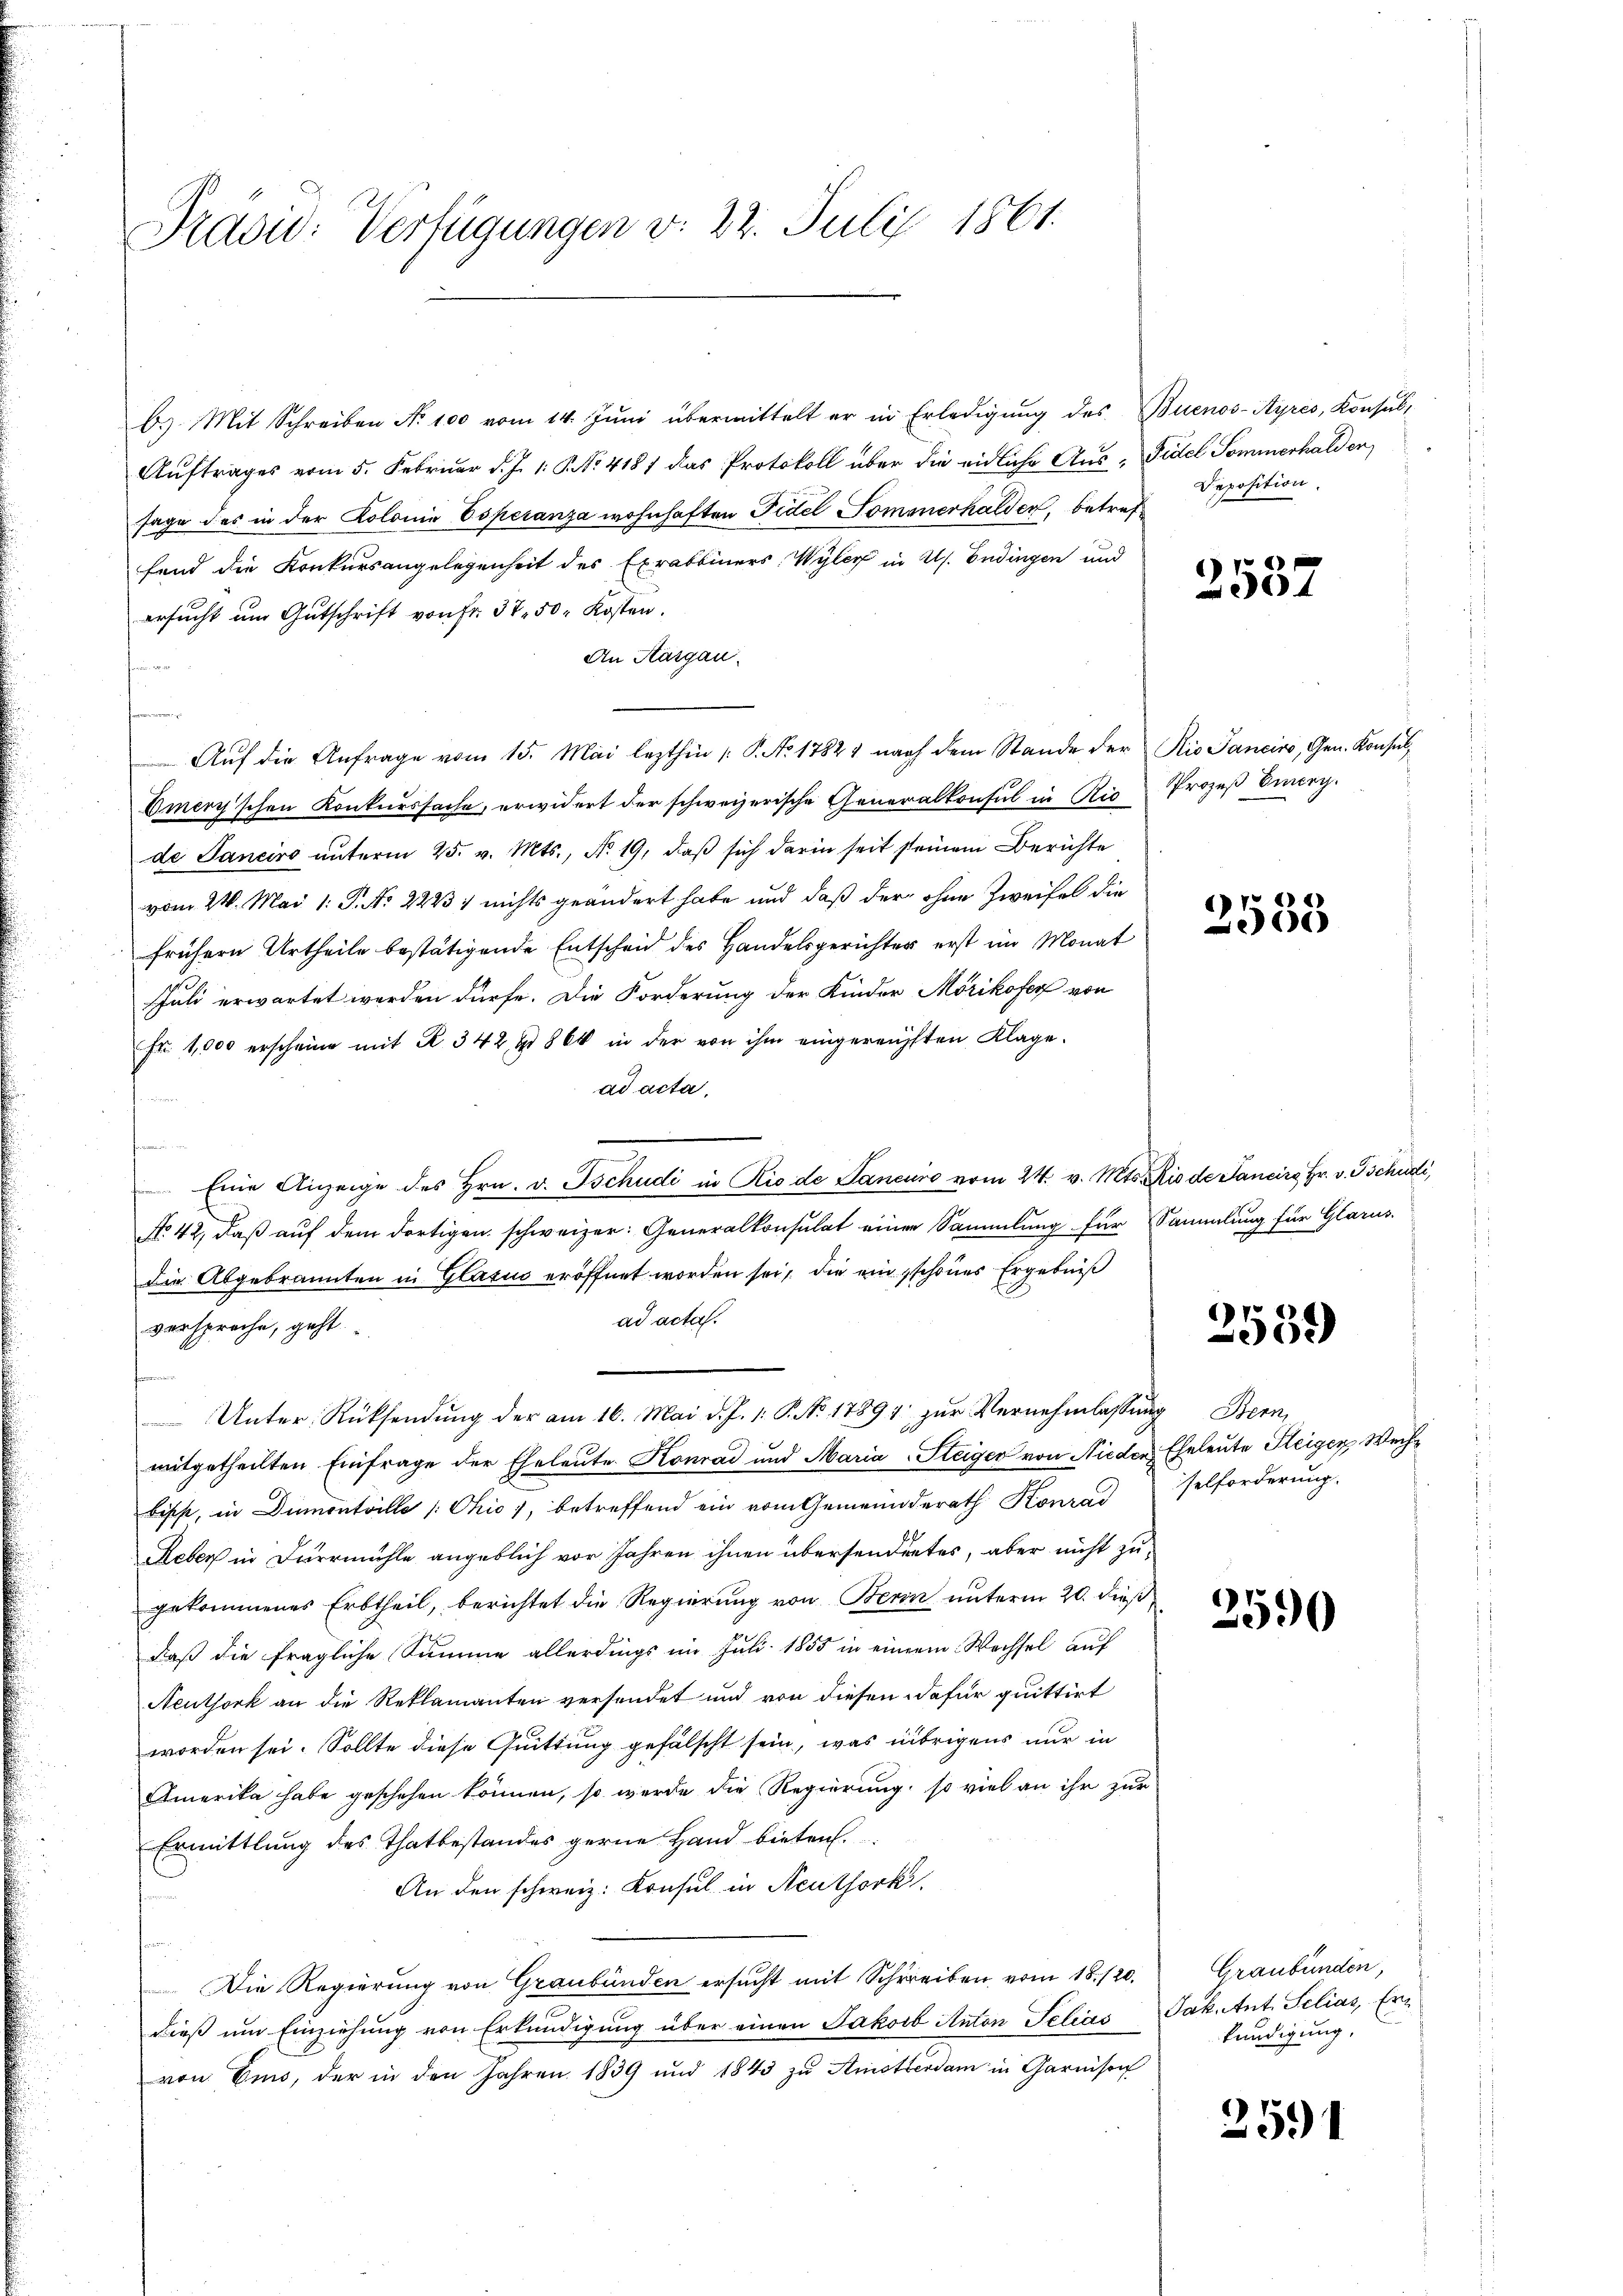
Präsid: Verfügungen v. 22. Juli 1861.

Auftrages vom 5. Februar d. J. 1. P. No. 4187 das Protokoll über die eidliche Aus- Fidel Sommerhalden,
sage des in der Kolonie Esperanza wohnhaften Fidel Tomanerhalden, betreffand die Konkursangelegenheit des Exrabbiners, Wyler in Uh. Endingen und
ersucht um Gutschrift von Fr. 37. 50. Kosten.
An Aargau.
i
Auf die Anfrage vom 15. Mai lezthin /: P. No. 17821 nach dem Stande der Rio Sanciro, Gen. Konsul¬
Emery'schen Konkurssache, erwidert der schweizerische Generalkonsul in Rio Prozeß Omerg.
de Janeiro unterm 25. v. Mts., Nr. 19, daβ sich darin seit seinem Berichte
vom 24. Mai 1. P. Nr. 2223) nichts geändert habe und daß der ohne Zweifel die
frühern Urtheile bestätigende Entscheid des Handelsgerichter erst im Monat
Juli erwartet werden dürfe. Die Forderung der Kinder Mörikofer von
Fr. 1,000 erscheine mit R. 342, 4 864 in der von ihm eingernüpften Klage.
ad acta,
t
 Eine Anzeige des Hrn. v. Tschudi in Rio de Sancuno vom 24. v. Mts. Rio de Sancirg Fr. v. Tschusti,
No 42, daß auf dem dortigen schweizer: Generalkonsulat einer Sammlung für Sammlung für Glarus.
Die Abgebrannten in Glatin eröffnet worden sei, die ein schönes Ergebniß
ad acta.
versprache, geht
fan
 Unter Rücksendŭng der am 16. Mai d. J. 1. P. No. 17891. zŭr Vernehmlassŭng Bern,
mitgetheilten Einfrage der Eheleute Konrad und Maria-Steiger von Nieder Eheleute Steiger Weihbisst, in Dumontville [Chio), betreffend ein vom Gemeinderath Konrad
Reber in Durrmühle angeblich vor Jahren ihnen übersendertes, aber nicht zu-
gekommenes Erbtheil, berichtet die Regierung von Berin unterm 20. dieß
daß die fragliche Summe allerdings im Juli 1855 in einer Wechsel auf
Neuthork an die Reklamanten versendet und von diesen dafür quittirt
worden sei. Sollte diese Quittung gefälscht sein, was übrigens nur in
Amerika habe geschehen können, so werde die Regierung, so viel an ihr zur
Ermittlung des Thatbestandes gerne Hand bieten.
An den schweiz. Konsul in Aeuthork
Die Regierung von Graubünden ersucht mit Schreiben vom 18. 120.
dieß um Einziehung von Erkundigung über einen Jakob Anton Selias
von Ems, der in den Jahren 1839 und 1843 zu Amsterdam in Garnison

b. Mit Schreiben No 100 vom 14. Jŭni übermittelt er in Erledigŭng des Buenos-Ayres, Konsul,

Deposition.

2557

2533

2539

selforderung.

3590

Graubünden,
Jak. Ant. Selias, Erkündigung.

2591